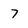
Character: 7